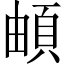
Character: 頔